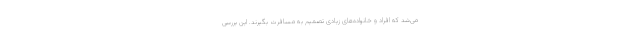
می‌شد که افراد و خانواده‌های زیادی تصمیم به مسافرت بگیرند. این بررسی